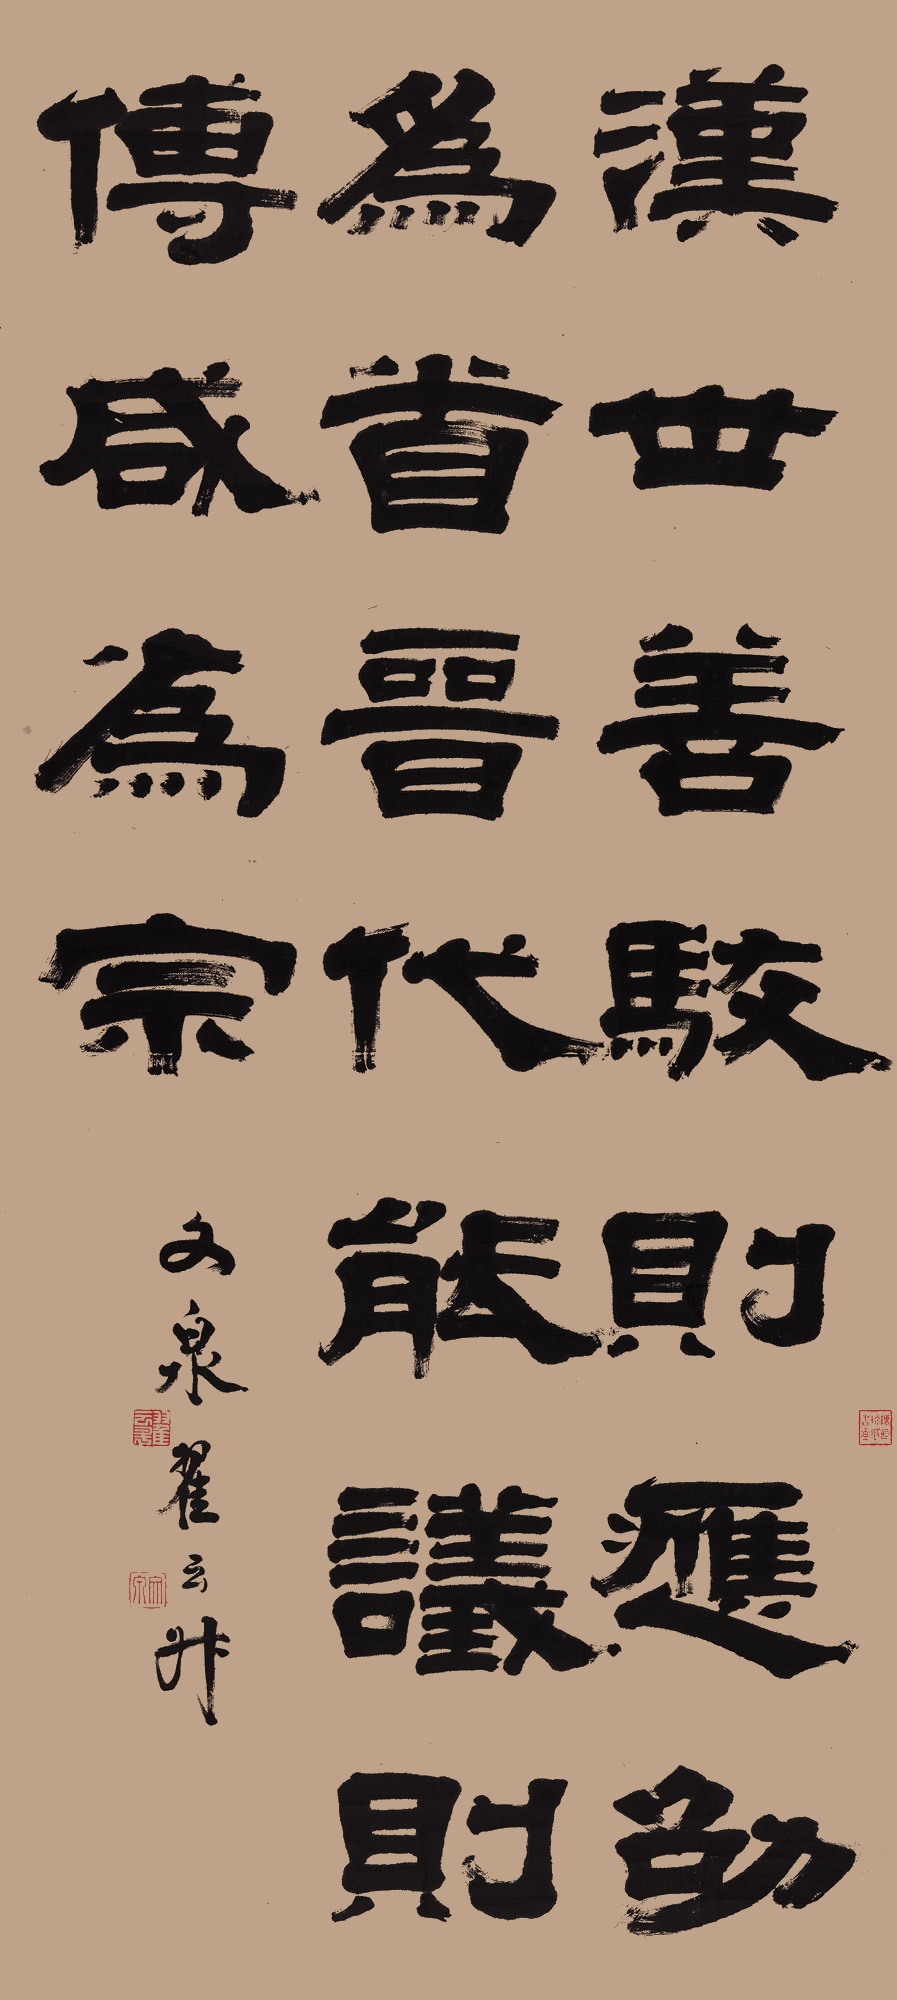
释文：汉世善驳，则应劭为首；晋代能议，则傅咸为宗。文泉翟云升。